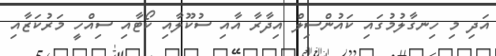
އަދި މި ހިނގާލުމުގައި ކައުންސިލް އިދާރާ އާއި ސުކޫލާއި ކޯޓާއި ސިއްހީ މަރުކަޒާއި